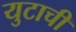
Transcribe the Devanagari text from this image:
युटाची